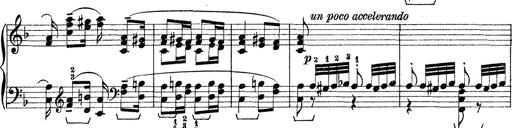
Title: Rapsodie: 19 ungheresi, 1 spagnuola
Composer: Franz Liszt